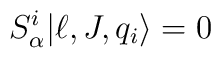
S^i_\alpha|\ell, J, q_i\rangle = 0